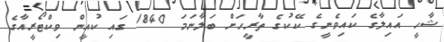
ޝާހީ އައިލާގެ ކައިވެނީގެ ކޭކުގެ ތާރީހަށް ބަލާނަމަ 1840 ގައި ކުއީން ވިކްޓޯރީއާގެ